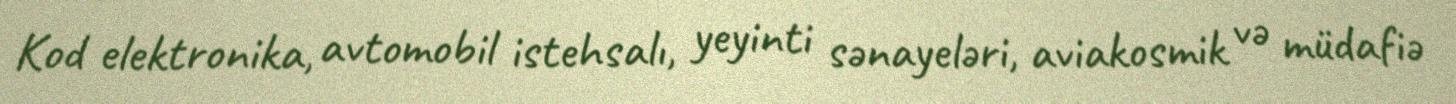
Kod elektronika, avtomobil istehsalı, yeyinti sənayeləri, aviakosmik və müdafiə